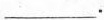
___.